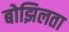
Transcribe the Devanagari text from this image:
बोझिलता